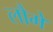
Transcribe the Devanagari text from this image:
लौमे